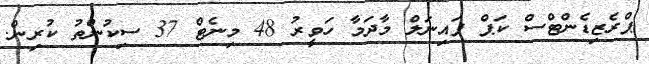
ޕްރެޒިޑެންޓްސް ކަޕް ފައިނަލް މާދަމާ ހަވީރު 48 މިނެޓް 37 ސިކުންތު ކުރިން.